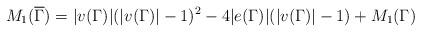
LaTeX: \begin{align*}M_{1}(\overline{\Gamma})=|v(\Gamma)|(|v(\Gamma)|-1)^{2}-4|e(\Gamma)|(|v(\Gamma)|-1)+ M_{1}(\Gamma) \end{align*}